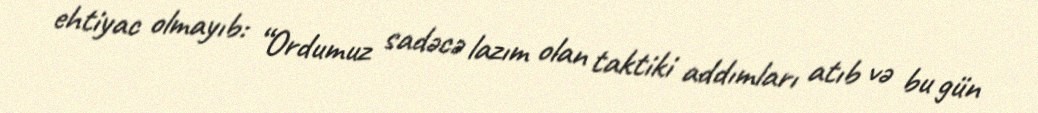
ehtiyac olmayıb: “Ordumuz sadəcə lazım olan taktiki addımları atıb və bu gün